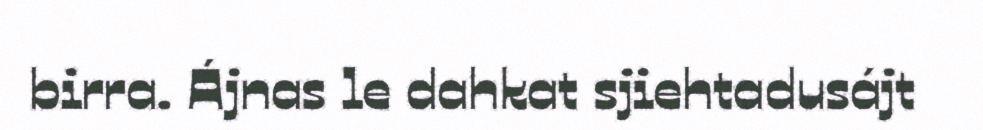
birra. Ájnas le dahkat sjiehtadusájt